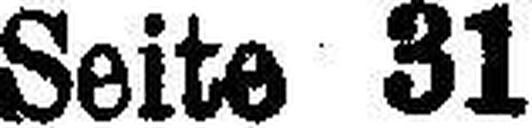
Seite 31